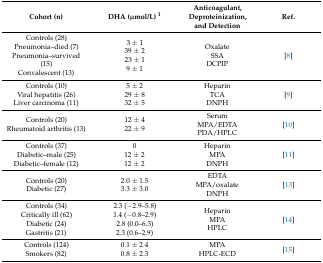
<table><thead><tr><td><b>Cohort (n)</b></td><td><b>DHA (μmol/L) <sup>1</sup></b></td><td><b>Anticoagulant, Deproteinization, and Detection</b></td><td><b>Ref.</b></td></tr></thead><tbody><tr><td>Controls (28) Pneumonia–died (7) Pneumonia–survived (15) Convalescent (13)</td><td>3 ± 1 39 ± 2 23 ± 1 9 ± 1</td><td>Oxalate SSA DCPIP</td><td>[8]</td></tr><tr><td>Controls (10) Viral hepatitis (26) Liver carcinoma (11)</td><td>5 ± 2 29 ± 8 32 ± 5</td><td>Heparin TCA DNPH</td><td>[9]</td></tr><tr><td>Controls (20) Rheumatoid arthritis (13)</td><td>12 ± 4 22 ± 9</td><td>Serum MPA/EDTA PDA/HPLC</td><td>[10]</td></tr><tr><td>Controls (37) Diabetic–male (25) Diabetic–female (12)</td><td>0 12 ± 2 12 ± 2</td><td>Heparin MPA DNPH</td><td>[11]</td></tr><tr><td>Controls (20) Diabetic (27)</td><td>2.0 ± 1.5 3.3 ± 3.0</td><td>EDTA MPA/oxalate DNPH</td><td>[13]</td></tr><tr><td>Controls (34) Critically ill (62) Diabetic (24) Gastritis (21)</td><td>2.3 (−2.9–5.8) 1.4 (−0.8–2.9) 2.8 (0.0–6.3) 2.3 (0.6–2.9)</td><td>Heparin MPA HPLC</td><td>[14]</td></tr><tr><td>Controls (124) Smokers (82)</td><td>0.1 ± 2.4 0.8 ± 2.3</td><td>MPA HPLC-ECD</td><td>[15]</td></tr></tbody></table>